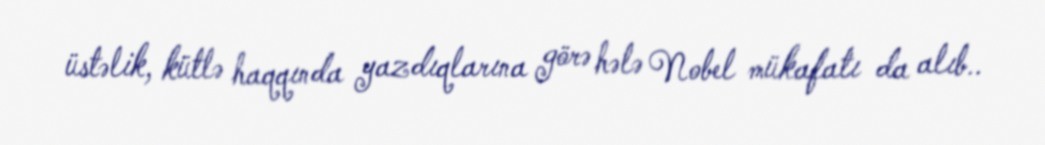
üstəlik, kütlə haqqında yazdıqlarına görə hələ Nobel mükafatı da alıb..